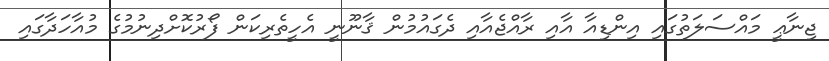
ޖިނާޢީ މައްސަލަތުގައި އިންޑިއާ އާއި ރާއްޖެއާއި ދެގައުމުން ޤާނޫނީ އެހީތެރިކަން ފޯރުކޮށްދިނުމުގެ މުއާހަދާގައި